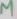
Text: µ